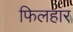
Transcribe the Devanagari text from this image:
फिलहार